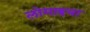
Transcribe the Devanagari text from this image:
लोमाइया